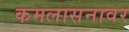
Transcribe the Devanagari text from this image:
कमलासनावर